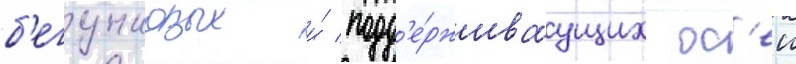
б'егунковых и́ подд'е́рживаущих ос'еи